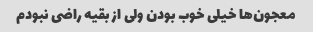
معجون‌ها خیلی خوب بودن ولی از بقیه راضی نبودم